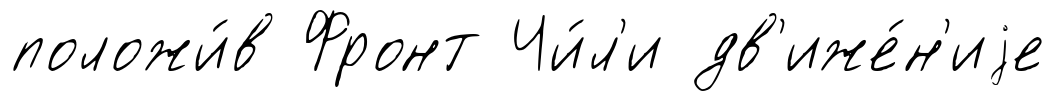
положи́в Фронт Чи́л'и дв'иже́н'иjе